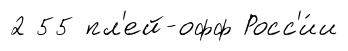
2 55 пл'ей-офф Росс'и́и